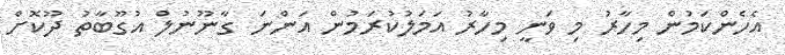
އެހެންކަމުން މިހާރު މި ވަނީ މިހާރު އަމަލުކުރަމުން އަންނަ ގާނޫނުލް އުގޫބާތު ދޫކޮށް